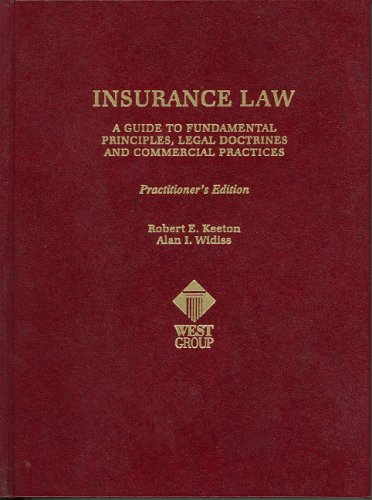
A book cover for Insurance Law: A Guide to Fundamental Principles, Legal Doctrines and Commercial Practices (Practitioner Treatise) (Practitioner Treatise Series); Robert Keeton; Law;